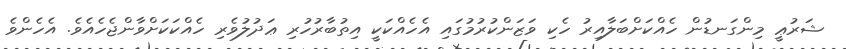
ޝަރުޢީ މިންގަނޑުން ހެއްކަށްބަލާއިރު ހެކި ވަޒަންކުރުމުގައި އެހެއްކަކީ އިތުބާރުހުރި ޢަދުލުވެރި ހެއްކަކަށްވާންޖެހެއެވެ. އެހެންވެ